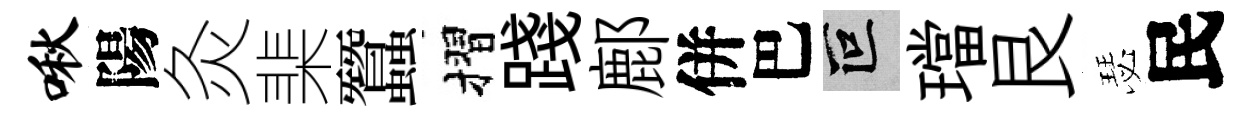
啾陽灸棐蠶摺踐鄜併巴叵璫艮瑟民